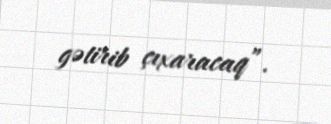
gətirib çıxaracaq”.